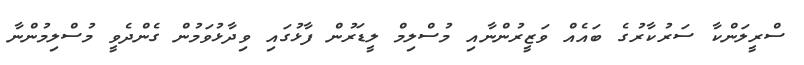
ސްރީލަންކާ ސަރުކާރުގެ ބައެއް ވަޒީރުންނާއި މުސްލިމް ލީޑަރުން ފާޅުގައި ވިދާޅުވަމުން ގެންދެވީ މުސްލިމުންނާ